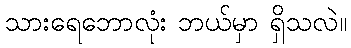
သားရေဘောလုံး ဘယ်မှာ ရှိသလဲ။